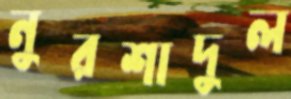
নুরশাদুল